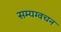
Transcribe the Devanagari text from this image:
सम्यग्वचन